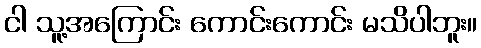
ငါ သူ့အကြောင်း ကောင်းကောင်း မသိပါဘူး။